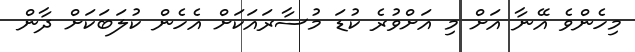
މިހެންވެ އޭނާ އަށް މި އަށްވުރެ ކުޑަ މުސާރައަކަށް އެހެން ކުލަބަކަށް ދާން